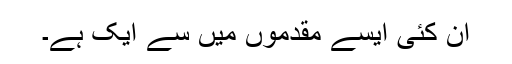
اُن کئی ایسے مقدموں میں سے ایک ہے۔